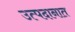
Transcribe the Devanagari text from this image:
उत्पदानात